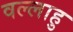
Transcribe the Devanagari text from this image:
वल्लाहु